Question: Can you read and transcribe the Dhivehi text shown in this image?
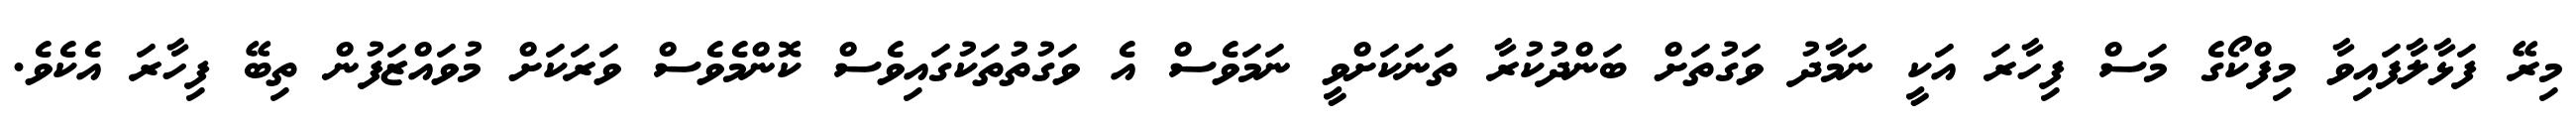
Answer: މިރޭ ފަޅާލާފައިވާ މިފްކޯގެ މަސް ފިހާރަ އަކީ ނަމާދު ވަގުތަށް ބަންދުކުރާ ތަނަކަށްވީ ނަމަވެސް އެ ވަގުތުތަކުގައިވެސް ކޮންމެވެސް ވަރަކަށް މުވައްޒަފުން ތިބޭ ފިހާރަ އެކެވެ.